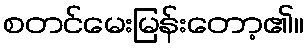
စတင်မေးမြန်းတော့၏။